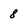
Character: 8